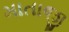
માતાજી